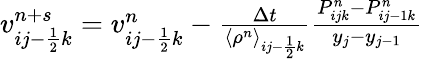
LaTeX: \begin{array}{r}{v_{ij-\frac{1}{2}k}^{n+s}=v_{ij-\frac{1}{2}k}^{n}-\frac{\Delta t}{\left<\rho^{n}\right>_{ij-\frac{1}{2}k}}\frac{P_{ijk}^{n}-P_{ij-1k}^{n}}{y_{j}-y_{j-1}}}\end{array}